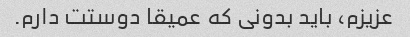
عزیزم، باید بدونی که عمیقا دوستت دارم.